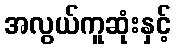
အလွယ်ကူဆုံးနှင့်